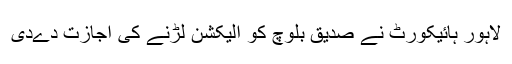
لاہور ہائیکورٹ نے صدیق بلوچ کو الیکشن لڑنے کی اجازت دےدی